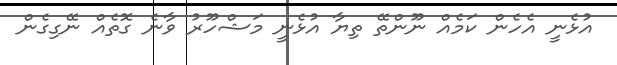
އުޅެނީ އެހެން ކަމެއް ނޫންތޭ ތިޔާ އުޅެނީ މަޝްހޫރު ވާނެ ގޮތެއް ނޭގިގެން